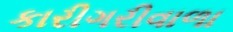
કારીગરીવાળા